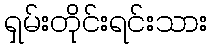
ရှမ်းတိုင်းရင်းသား